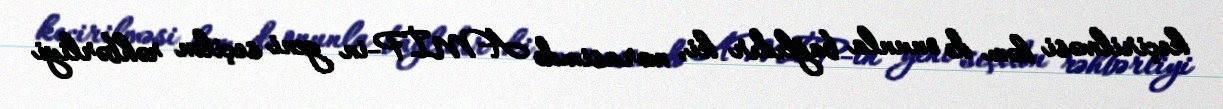
keçirilməsi həm də onunla bağlıdır ki, mərasimdə AMİP-in yeni seçilən rəhbərliyi